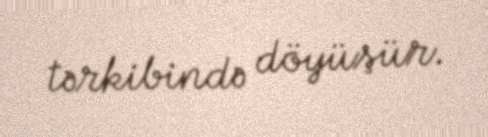
tərkibində döyüşür.